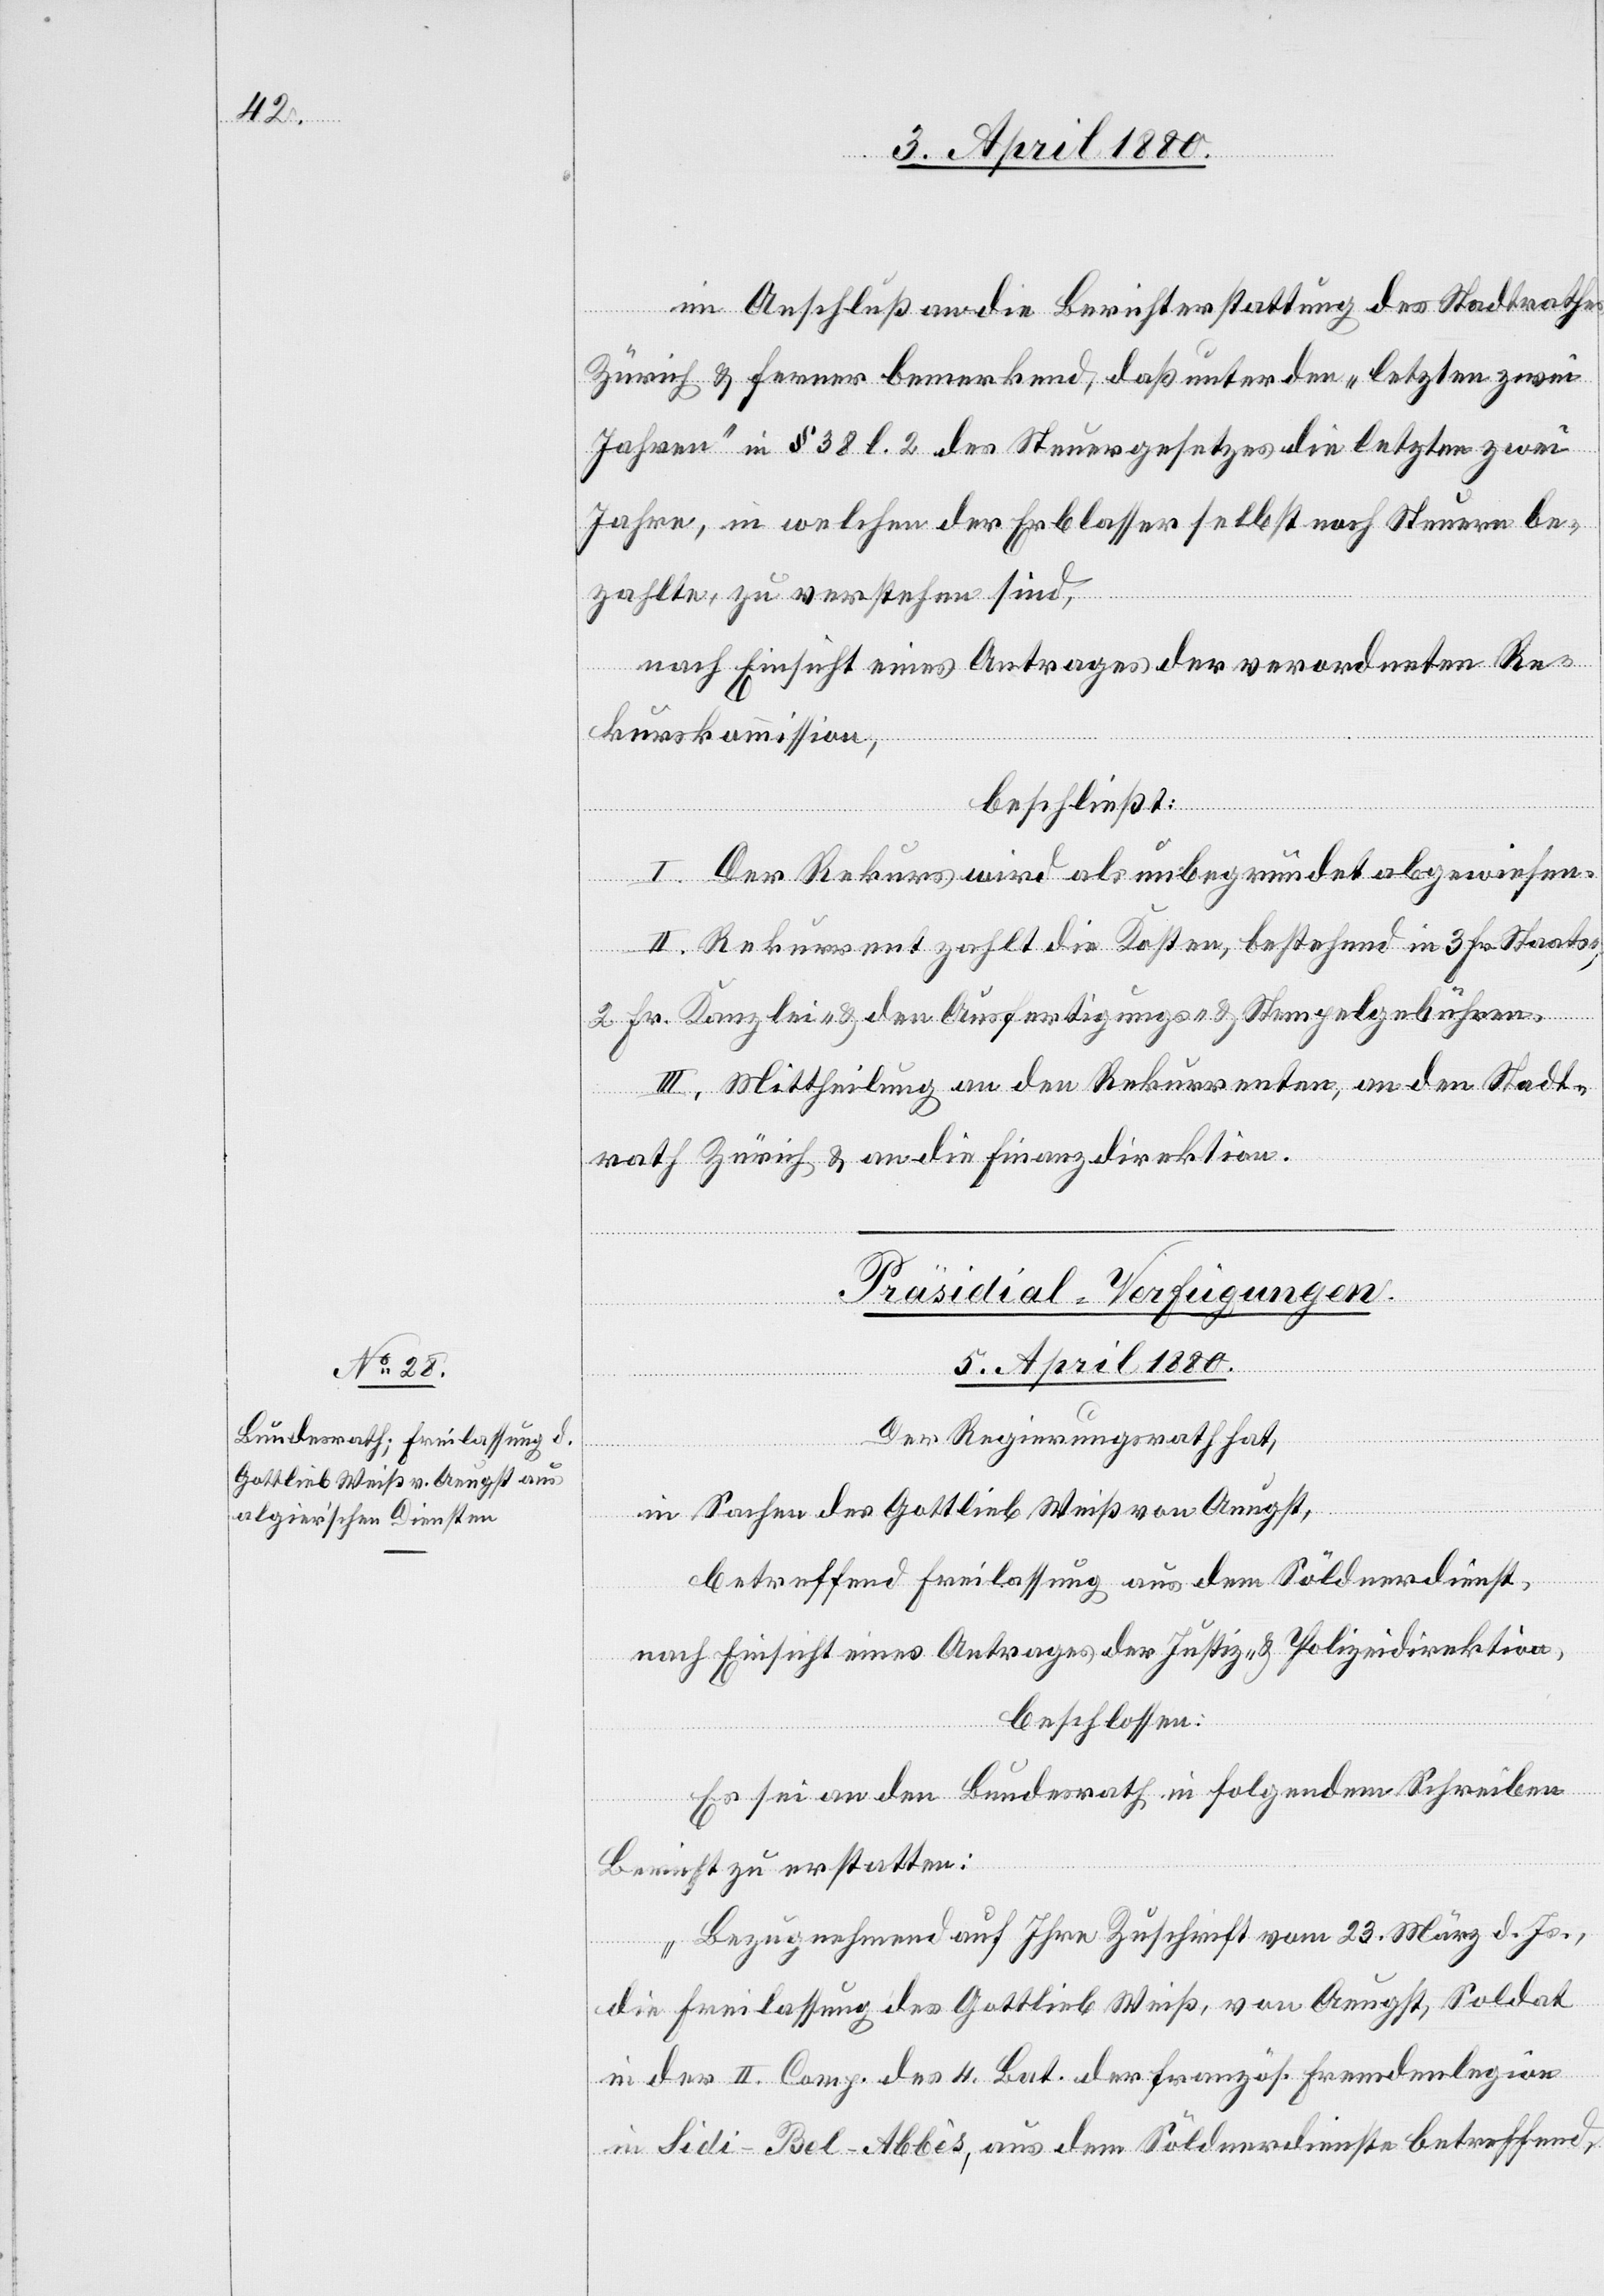
im Anschluß an die Berichterstattung des Stadtrathes
Zürich & ferner bemerkend, daß unter den „letzten zwei
Jahren“ in § 38 l. 2 des Steuergesetzes die letzten zwei
Jahre, in welchen der Erblasser selbst noch Steuern be¬
zahlte, zu verstehen sind,
nach Einsicht eines Antrages der verordneten Re¬
kurskommission,
beschließt:
I. Der Rekurs wird als unbegründet abgewiesen.
II. Rekurrent zahlt die Kosten, bestehend in 3 Fr. Staats-,
2. Fr. Kanzlei- & den Ausfertigungs- & Stempelgebühren.
III. Mittheilung an den Rekurrenten, an den Stadt¬
rath Zürich & an die Finanzdirektion.
Präsidial-Verfügungen.
5. April 1880.
Der Regierungsrath hat,
in Sachen des Gottlieb Weiß von Aeugst,
betreffend Freilassung aus dem Söldnerdienst,
nach Einsicht eines Antrages der Justiz- & Polizeidirektion,
beschlossen:
Es sei an den Bundesrath in folgendem Schreiben
Bericht zu erstatten:
„Bezugnehmend auf Ihre Zuschrift vom 23. März d. Js.,
die Freilassung des Gottlieb Weiß, von Aeugst, Soldat
in der II. Comp. des 4. Bat. der französ. Fremdenlegion
in Sidi-Bel-Abbês, aus dem Söldnerdienste betreffend,